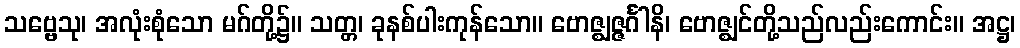
သဗ္ဗေသု၊ အလုံးစုံသော မဂ်တို့၌။ သတ္တ၊ ခုနစ်ပါးကုန်သော။ ဗောဇ္ဈဇ္ဇင်္ဂါနိ၊ ဗောဇ္ဈင်တို့သည်လည်းကောင်း။ အဋ္ဌ၊